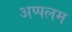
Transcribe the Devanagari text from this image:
अप्पलम